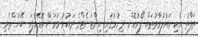
ތަފާތު އެކި މައުލުމާތުތައް ފޯރުކޮށް ދިނުމުގައި އިންޓަނެޓްގެ ދައުރު ވަރަށް ބޮޑެވެފައި ބޭނުންތެރި